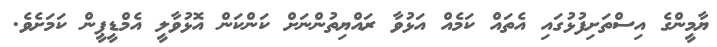
ޔާމީންގެ އިސްތަށިފުޅުގައި އެތައް ކަމެއް އަޅުވާ ރައްޔިތުންނަށް ކަންކަން އޮޅުވާލީ އެމްޑީޕީން ކަމަށެވެ.